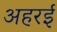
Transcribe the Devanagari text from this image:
अहरई